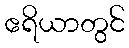
ဧရိယာတွင်